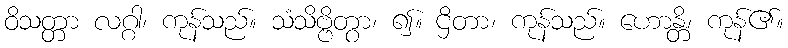
ဝိသတ္တာ လဂ္ဂါ၊ ကုန်သည်။ သံသိဗ္ဗိတွာ၊ ၍။ ဌိတာ၊ ကုန်သည်။ ဟောန္တိ၊ ကုန်၏။